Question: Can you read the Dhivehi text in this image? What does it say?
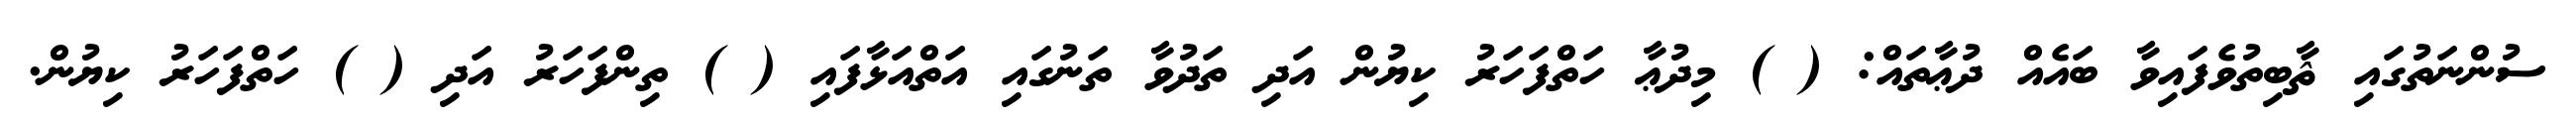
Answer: ސުންނަތުގައި ޘާބިތުވެފައިވާ ބައެއް ދުޢާތައް: ( ) މިދުޢާ ހަތްފަހަރު ކިޔުން އަދި ތަދުވާ ތަނުގައި އަތްއަޅާފައި ( ) ތިންފަހަރު އަދި ( ) ހަތްފަހަރު ކިޔުން.